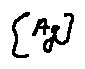
[ A _ { g } ]